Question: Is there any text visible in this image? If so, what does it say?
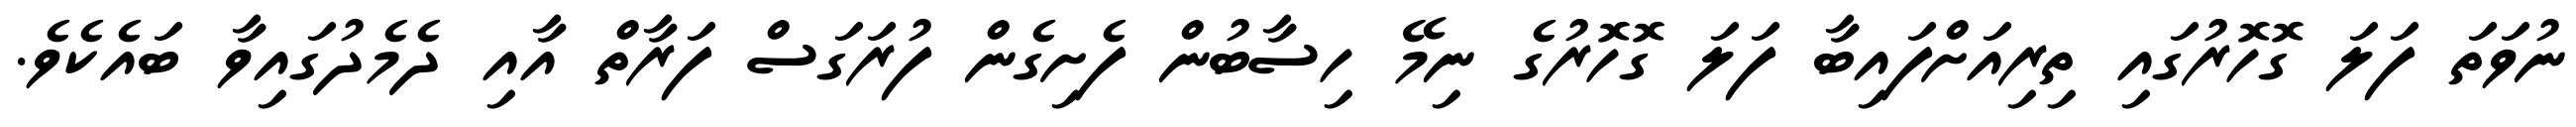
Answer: ނުވަތަ ފަލަ ގޮހޮރުގައި ތިރިއަށްފައިބާ ފަލަ ގޮހޮރުގެ ނިމޭ ހިސާބުން ފެށިގެން ފުރަގަސް ފަރާތް އާއި ދެމެދުގައިވާ ބައެކެވެ.